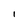
Character: 1